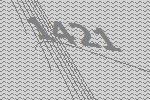
1421